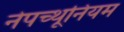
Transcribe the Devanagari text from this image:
नेपच्थूनियम